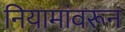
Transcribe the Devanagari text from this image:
नियामांवरून